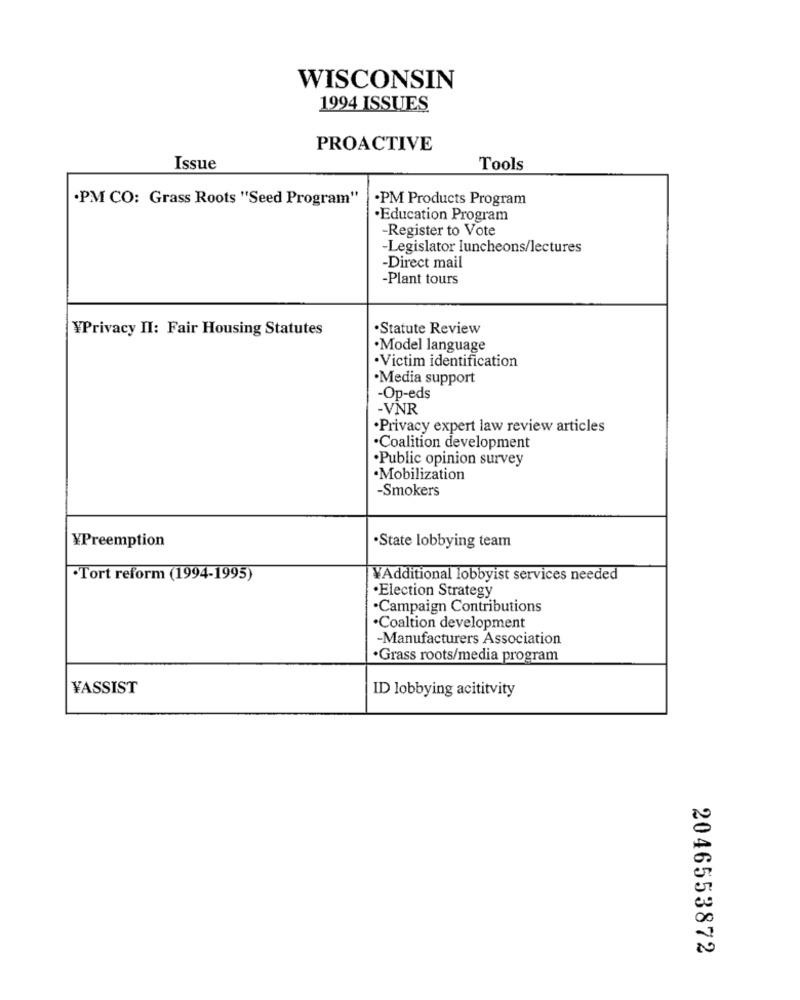
WISCONSIN
1994 ISSUES
PROACTIVE
Issue
Tools
.PM CO: Grass Roots "Seed Program"
.PM Products Program
.Education Program
-Register to Vote
-Legislator luncheons/lectures
-Direct mail
-Plant tours
¥Privacy II: Fair Housing Statutes
·Statute Review
·Model language
·Victim identification
·Media support
-Op-eds
-VNR
·Privacy expert law review articles
·Coalition development
·Public opinion survey
·Mobilization
-Smokers
¥Preemption
·State lobbying team
.Tort reform (1994-1995)
WAdditional lobbyist services needed
·Election Strategy
·Campaign Contributions
·Coaltion development
-Manufacturers Association
·Grass roots/media program
YASSIST
ID lobbying acititvity
2046553872